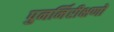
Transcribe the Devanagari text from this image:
पुनर्निरीक्षणों